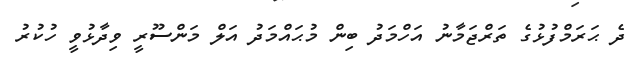
ދެ ޙަރަމްފުޅުގެ ތަރްޖަމާނު އަހްމަދު ބިން މުޙައްމަދު އަލް މަންސޫރީ ވިދާޅުވީ ހުކުރު